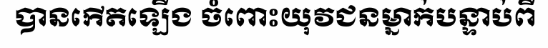
បានកើតឡើង ចំពោះយុវជនម្នាក់បន្ទាប់ពី